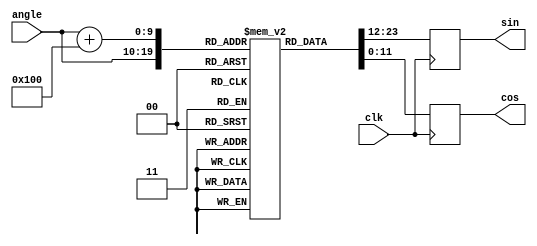
// Lookup table for generating sin and cos values
module sincos(
	input clk,
	input [9:0]angle,
	output reg signed [11:0]sin,
	output reg signed [11:0]cos
);

reg signed [11:0]lookup[0:1023];

always @(posedge clk) begin
	sin <= lookup[angle];
	cos <= lookup[angle+10'd256];
end

initial begin
	lookup[0] = 12'sd0;
	lookup[1] = 12'sd12;
	lookup[2] = 12'sd25;
	lookup[3] = 12'sd37;
	lookup[4] = 12'sd50;
	lookup[5] = 12'sd62;
	lookup[6] = 12'sd75;
	lookup[7] = 12'sd87;
	lookup[8] = 12'sd100;
	lookup[9] = 12'sd113;
	lookup[10] = 12'sd125;
	lookup[11] = 12'sd138;
	lookup[12] = 12'sd150;
	lookup[13] = 12'sd163;
	lookup[14] = 12'sd175;
	lookup[15] = 12'sd188;
	lookup[16] = 12'sd200;
	lookup[17] = 12'sd213;
	lookup[18] = 12'sd225;
	lookup[19] = 12'sd238;
	lookup[20] = 12'sd250;
	lookup[21] = 12'sd263;
	lookup[22] = 12'sd275;
	lookup[23] = 12'sd288;
	lookup[24] = 12'sd300;
	lookup[25] = 12'sd312;
	lookup[26] = 12'sd325;
	lookup[27] = 12'sd337;
	lookup[28] = 12'sd350;
	lookup[29] = 12'sd362;
	lookup[30] = 12'sd374;
	lookup[31] = 12'sd387;
	lookup[32] = 12'sd399;
	lookup[33] = 12'sd411;
	lookup[34] = 12'sd424;
	lookup[35] = 12'sd436;
	lookup[36] = 12'sd448;
	lookup[37] = 12'sd460;
	lookup[38] = 12'sd473;
	lookup[39] = 12'sd485;
	lookup[40] = 12'sd497;
	lookup[41] = 12'sd509;
	lookup[42] = 12'sd521;
	lookup[43] = 12'sd534;
	lookup[44] = 12'sd546;
	lookup[45] = 12'sd558;
	lookup[46] = 12'sd570;
	lookup[47] = 12'sd582;
	lookup[48] = 12'sd594;
	lookup[49] = 12'sd606;
	lookup[50] = 12'sd618;
	lookup[51] = 12'sd630;
	lookup[52] = 12'sd642;
	lookup[53] = 12'sd654;
	lookup[54] = 12'sd666;
	lookup[55] = 12'sd678;
	lookup[56] = 12'sd689;
	lookup[57] = 12'sd701;
	lookup[58] = 12'sd713;
	lookup[59] = 12'sd725;
	lookup[60] = 12'sd737;
	lookup[61] = 12'sd748;
	lookup[62] = 12'sd760;
	lookup[63] = 12'sd772;
	lookup[64] = 12'sd783;
	lookup[65] = 12'sd795;
	lookup[66] = 12'sd806;
	lookup[67] = 12'sd818;
	lookup[68] = 12'sd829;
	lookup[69] = 12'sd841;
	lookup[70] = 12'sd852;
	lookup[71] = 12'sd864;
	lookup[72] = 12'sd875;
	lookup[73] = 12'sd886;
	lookup[74] = 12'sd898;
	lookup[75] = 12'sd909;
	lookup[76] = 12'sd920;
	lookup[77] = 12'sd932;
	lookup[78] = 12'sd943;
	lookup[79] = 12'sd954;
	lookup[80] = 12'sd965;
	lookup[81] = 12'sd976;
	lookup[82] = 12'sd987;
	lookup[83] = 12'sd998;
	lookup[84] = 12'sd1009;
	lookup[85] = 12'sd1020;
	lookup[86] = 12'sd1031;
	lookup[87] = 12'sd1042;
	lookup[88] = 12'sd1052;
	lookup[89] = 12'sd1063;
	lookup[90] = 12'sd1074;
	lookup[91] = 12'sd1085;
	lookup[92] = 12'sd1095;
	lookup[93] = 12'sd1106;
	lookup[94] = 12'sd1116;
	lookup[95] = 12'sd1127;
	lookup[96] = 12'sd1137;
	lookup[97] = 12'sd1148;
	lookup[98] = 12'sd1158;
	lookup[99] = 12'sd1168;
	lookup[100] = 12'sd1179;
	lookup[101] = 12'sd1189;
	lookup[102] = 12'sd1199;
	lookup[103] = 12'sd1209;
	lookup[104] = 12'sd1219;
	lookup[105] = 12'sd1230;
	lookup[106] = 12'sd1240;
	lookup[107] = 12'sd1250;
	lookup[108] = 12'sd1259;
	lookup[109] = 12'sd1269;
	lookup[110] = 12'sd1279;
	lookup[111] = 12'sd1289;
	lookup[112] = 12'sd1299;
	lookup[113] = 12'sd1308;
	lookup[114] = 12'sd1318;
	lookup[115] = 12'sd1328;
	lookup[116] = 12'sd1337;
	lookup[117] = 12'sd1347;
	lookup[118] = 12'sd1356;
	lookup[119] = 12'sd1366;
	lookup[120] = 12'sd1375;
	lookup[121] = 12'sd1384;
	lookup[122] = 12'sd1393;
	lookup[123] = 12'sd1403;
	lookup[124] = 12'sd1412;
	lookup[125] = 12'sd1421;
	lookup[126] = 12'sd1430;
	lookup[127] = 12'sd1439;
	lookup[128] = 12'sd1448;
	lookup[129] = 12'sd1457;
	lookup[130] = 12'sd1465;
	lookup[131] = 12'sd1474;
	lookup[132] = 12'sd1483;
	lookup[133] = 12'sd1491;
	lookup[134] = 12'sd1500;
	lookup[135] = 12'sd1509;
	lookup[136] = 12'sd1517;
	lookup[137] = 12'sd1525;
	lookup[138] = 12'sd1534;
	lookup[139] = 12'sd1542;
	lookup[140] = 12'sd1550;
	lookup[141] = 12'sd1558;
	lookup[142] = 12'sd1567;
	lookup[143] = 12'sd1575;
	lookup[144] = 12'sd1583;
	lookup[145] = 12'sd1591;
	lookup[146] = 12'sd1598;
	lookup[147] = 12'sd1606;
	lookup[148] = 12'sd1614;
	lookup[149] = 12'sd1622;
	lookup[150] = 12'sd1629;
	lookup[151] = 12'sd1637;
	lookup[152] = 12'sd1644;
	lookup[153] = 12'sd1652;
	lookup[154] = 12'sd1659;
	lookup[155] = 12'sd1667;
	lookup[156] = 12'sd1674;
	lookup[157] = 12'sd1681;
	lookup[158] = 12'sd1688;
	lookup[159] = 12'sd1695;
	lookup[160] = 12'sd1702;
	lookup[161] = 12'sd1709;
	lookup[162] = 12'sd1716;
	lookup[163] = 12'sd1723;
	lookup[164] = 12'sd1730;
	lookup[165] = 12'sd1736;
	lookup[166] = 12'sd1743;
	lookup[167] = 12'sd1750;
	lookup[168] = 12'sd1756;
	lookup[169] = 12'sd1763;
	lookup[170] = 12'sd1769;
	lookup[171] = 12'sd1775;
	lookup[172] = 12'sd1781;
	lookup[173] = 12'sd1788;
	lookup[174] = 12'sd1794;
	lookup[175] = 12'sd1800;
	lookup[176] = 12'sd1806;
	lookup[177] = 12'sd1812;
	lookup[178] = 12'sd1817;
	lookup[179] = 12'sd1823;
	lookup[180] = 12'sd1829;
	lookup[181] = 12'sd1834;
	lookup[182] = 12'sd1840;
	lookup[183] = 12'sd1845;
	lookup[184] = 12'sd1851;
	lookup[185] = 12'sd1856;
	lookup[186] = 12'sd1861;
	lookup[187] = 12'sd1867;
	lookup[188] = 12'sd1872;
	lookup[189] = 12'sd1877;
	lookup[190] = 12'sd1882;
	lookup[191] = 12'sd1887;
	lookup[192] = 12'sd1892;
	lookup[193] = 12'sd1896;
	lookup[194] = 12'sd1901;
	lookup[195] = 12'sd1906;
	lookup[196] = 12'sd1910;
	lookup[197] = 12'sd1915;
	lookup[198] = 12'sd1919;
	lookup[199] = 12'sd1924;
	lookup[200] = 12'sd1928;
	lookup[201] = 12'sd1932;
	lookup[202] = 12'sd1936;
	lookup[203] = 12'sd1940;
	lookup[204] = 12'sd1944;
	lookup[205] = 12'sd1948;
	lookup[206] = 12'sd1952;
	lookup[207] = 12'sd1956;
	lookup[208] = 12'sd1959;
	lookup[209] = 12'sd1963;
	lookup[210] = 12'sd1966;
	lookup[211] = 12'sd1970;
	lookup[212] = 12'sd1973;
	lookup[213] = 12'sd1977;
	lookup[214] = 12'sd1980;
	lookup[215] = 12'sd1983;
	lookup[216] = 12'sd1986;
	lookup[217] = 12'sd1989;
	lookup[218] = 12'sd1992;
	lookup[219] = 12'sd1995;
	lookup[220] = 12'sd1998;
	lookup[221] = 12'sd2000;
	lookup[222] = 12'sd2003;
	lookup[223] = 12'sd2006;
	lookup[224] = 12'sd2008;
	lookup[225] = 12'sd2011;
	lookup[226] = 12'sd2013;
	lookup[227] = 12'sd2015;
	lookup[228] = 12'sd2017;
	lookup[229] = 12'sd2019;
	lookup[230] = 12'sd2021;
	lookup[231] = 12'sd2023;
	lookup[232] = 12'sd2025;
	lookup[233] = 12'sd2027;
	lookup[234] = 12'sd2029;
	lookup[235] = 12'sd2031;
	lookup[236] = 12'sd2032;
	lookup[237] = 12'sd2034;
	lookup[238] = 12'sd2035;
	lookup[239] = 12'sd2036;
	lookup[240] = 12'sd2038;
	lookup[241] = 12'sd2039;
	lookup[242] = 12'sd2040;
	lookup[243] = 12'sd2041;
	lookup[244] = 12'sd2042;
	lookup[245] = 12'sd2043;
	lookup[246] = 12'sd2044;
	lookup[247] = 12'sd2044;
	lookup[248] = 12'sd2045;
	lookup[249] = 12'sd2046;
	lookup[250] = 12'sd2046;
	lookup[251] = 12'sd2047;
	lookup[252] = 12'sd2047;
	lookup[253] = 12'sd2047;
	lookup[254] = 12'sd2047;
	lookup[255] = 12'sd2047;
	lookup[256] = 12'sd2047;
	lookup[257] = 12'sd2047;
	lookup[258] = 12'sd2047;
	lookup[259] = 12'sd2047;
	lookup[260] = 12'sd2047;
	lookup[261] = 12'sd2047;
	lookup[262] = 12'sd2046;
	lookup[263] = 12'sd2046;
	lookup[264] = 12'sd2045;
	lookup[265] = 12'sd2044;
	lookup[266] = 12'sd2044;
	lookup[267] = 12'sd2043;
	lookup[268] = 12'sd2042;
	lookup[269] = 12'sd2041;
	lookup[270] = 12'sd2040;
	lookup[271] = 12'sd2039;
	lookup[272] = 12'sd2038;
	lookup[273] = 12'sd2036;
	lookup[274] = 12'sd2035;
	lookup[275] = 12'sd2034;
	lookup[276] = 12'sd2032;
	lookup[277] = 12'sd2031;
	lookup[278] = 12'sd2029;
	lookup[279] = 12'sd2027;
	lookup[280] = 12'sd2025;
	lookup[281] = 12'sd2023;
	lookup[282] = 12'sd2021;
	lookup[283] = 12'sd2019;
	lookup[284] = 12'sd2017;
	lookup[285] = 12'sd2015;
	lookup[286] = 12'sd2013;
	lookup[287] = 12'sd2011;
	lookup[288] = 12'sd2008;
	lookup[289] = 12'sd2006;
	lookup[290] = 12'sd2003;
	lookup[291] = 12'sd2000;
	lookup[292] = 12'sd1998;
	lookup[293] = 12'sd1995;
	lookup[294] = 12'sd1992;
	lookup[295] = 12'sd1989;
	lookup[296] = 12'sd1986;
	lookup[297] = 12'sd1983;
	lookup[298] = 12'sd1980;
	lookup[299] = 12'sd1977;
	lookup[300] = 12'sd1973;
	lookup[301] = 12'sd1970;
	lookup[302] = 12'sd1966;
	lookup[303] = 12'sd1963;
	lookup[304] = 12'sd1959;
	lookup[305] = 12'sd1956;
	lookup[306] = 12'sd1952;
	lookup[307] = 12'sd1948;
	lookup[308] = 12'sd1944;
	lookup[309] = 12'sd1940;
	lookup[310] = 12'sd1936;
	lookup[311] = 12'sd1932;
	lookup[312] = 12'sd1928;
	lookup[313] = 12'sd1924;
	lookup[314] = 12'sd1919;
	lookup[315] = 12'sd1915;
	lookup[316] = 12'sd1910;
	lookup[317] = 12'sd1906;
	lookup[318] = 12'sd1901;
	lookup[319] = 12'sd1896;
	lookup[320] = 12'sd1892;
	lookup[321] = 12'sd1887;
	lookup[322] = 12'sd1882;
	lookup[323] = 12'sd1877;
	lookup[324] = 12'sd1872;
	lookup[325] = 12'sd1867;
	lookup[326] = 12'sd1861;
	lookup[327] = 12'sd1856;
	lookup[328] = 12'sd1851;
	lookup[329] = 12'sd1845;
	lookup[330] = 12'sd1840;
	lookup[331] = 12'sd1834;
	lookup[332] = 12'sd1829;
	lookup[333] = 12'sd1823;
	lookup[334] = 12'sd1817;
	lookup[335] = 12'sd1812;
	lookup[336] = 12'sd1806;
	lookup[337] = 12'sd1800;
	lookup[338] = 12'sd1794;
	lookup[339] = 12'sd1788;
	lookup[340] = 12'sd1781;
	lookup[341] = 12'sd1775;
	lookup[342] = 12'sd1769;
	lookup[343] = 12'sd1763;
	lookup[344] = 12'sd1756;
	lookup[345] = 12'sd1750;
	lookup[346] = 12'sd1743;
	lookup[347] = 12'sd1736;
	lookup[348] = 12'sd1730;
	lookup[349] = 12'sd1723;
	lookup[350] = 12'sd1716;
	lookup[351] = 12'sd1709;
	lookup[352] = 12'sd1702;
	lookup[353] = 12'sd1695;
	lookup[354] = 12'sd1688;
	lookup[355] = 12'sd1681;
	lookup[356] = 12'sd1674;
	lookup[357] = 12'sd1667;
	lookup[358] = 12'sd1659;
	lookup[359] = 12'sd1652;
	lookup[360] = 12'sd1644;
	lookup[361] = 12'sd1637;
	lookup[362] = 12'sd1629;
	lookup[363] = 12'sd1622;
	lookup[364] = 12'sd1614;
	lookup[365] = 12'sd1606;
	lookup[366] = 12'sd1598;
	lookup[367] = 12'sd1591;
	lookup[368] = 12'sd1583;
	lookup[369] = 12'sd1575;
	lookup[370] = 12'sd1567;
	lookup[371] = 12'sd1558;
	lookup[372] = 12'sd1550;
	lookup[373] = 12'sd1542;
	lookup[374] = 12'sd1534;
	lookup[375] = 12'sd1525;
	lookup[376] = 12'sd1517;
	lookup[377] = 12'sd1509;
	lookup[378] = 12'sd1500;
	lookup[379] = 12'sd1491;
	lookup[380] = 12'sd1483;
	lookup[381] = 12'sd1474;
	lookup[382] = 12'sd1465;
	lookup[383] = 12'sd1457;
	lookup[384] = 12'sd1448;
	lookup[385] = 12'sd1439;
	lookup[386] = 12'sd1430;
	lookup[387] = 12'sd1421;
	lookup[388] = 12'sd1412;
	lookup[389] = 12'sd1403;
	lookup[390] = 12'sd1393;
	lookup[391] = 12'sd1384;
	lookup[392] = 12'sd1375;
	lookup[393] = 12'sd1366;
	lookup[394] = 12'sd1356;
	lookup[395] = 12'sd1347;
	lookup[396] = 12'sd1337;
	lookup[397] = 12'sd1328;
	lookup[398] = 12'sd1318;
	lookup[399] = 12'sd1308;
	lookup[400] = 12'sd1299;
	lookup[401] = 12'sd1289;
	lookup[402] = 12'sd1279;
	lookup[403] = 12'sd1269;
	lookup[404] = 12'sd1259;
	lookup[405] = 12'sd1250;
	lookup[406] = 12'sd1240;
	lookup[407] = 12'sd1230;
	lookup[408] = 12'sd1219;
	lookup[409] = 12'sd1209;
	lookup[410] = 12'sd1199;
	lookup[411] = 12'sd1189;
	lookup[412] = 12'sd1179;
	lookup[413] = 12'sd1168;
	lookup[414] = 12'sd1158;
	lookup[415] = 12'sd1148;
	lookup[416] = 12'sd1137;
	lookup[417] = 12'sd1127;
	lookup[418] = 12'sd1116;
	lookup[419] = 12'sd1106;
	lookup[420] = 12'sd1095;
	lookup[421] = 12'sd1085;
	lookup[422] = 12'sd1074;
	lookup[423] = 12'sd1063;
	lookup[424] = 12'sd1052;
	lookup[425] = 12'sd1042;
	lookup[426] = 12'sd1031;
	lookup[427] = 12'sd1020;
	lookup[428] = 12'sd1009;
	lookup[429] = 12'sd998;
	lookup[430] = 12'sd987;
	lookup[431] = 12'sd976;
	lookup[432] = 12'sd965;
	lookup[433] = 12'sd954;
	lookup[434] = 12'sd943;
	lookup[435] = 12'sd932;
	lookup[436] = 12'sd920;
	lookup[437] = 12'sd909;
	lookup[438] = 12'sd898;
	lookup[439] = 12'sd886;
	lookup[440] = 12'sd875;
	lookup[441] = 12'sd864;
	lookup[442] = 12'sd852;
	lookup[443] = 12'sd841;
	lookup[444] = 12'sd829;
	lookup[445] = 12'sd818;
	lookup[446] = 12'sd806;
	lookup[447] = 12'sd795;
	lookup[448] = 12'sd783;
	lookup[449] = 12'sd772;
	lookup[450] = 12'sd760;
	lookup[451] = 12'sd748;
	lookup[452] = 12'sd737;
	lookup[453] = 12'sd725;
	lookup[454] = 12'sd713;
	lookup[455] = 12'sd701;
	lookup[456] = 12'sd689;
	lookup[457] = 12'sd678;
	lookup[458] = 12'sd666;
	lookup[459] = 12'sd654;
	lookup[460] = 12'sd642;
	lookup[461] = 12'sd630;
	lookup[462] = 12'sd618;
	lookup[463] = 12'sd606;
	lookup[464] = 12'sd594;
	lookup[465] = 12'sd582;
	lookup[466] = 12'sd570;
	lookup[467] = 12'sd558;
	lookup[468] = 12'sd546;
	lookup[469] = 12'sd534;
	lookup[470] = 12'sd521;
	lookup[471] = 12'sd509;
	lookup[472] = 12'sd497;
	lookup[473] = 12'sd485;
	lookup[474] = 12'sd473;
	lookup[475] = 12'sd460;
	lookup[476] = 12'sd448;
	lookup[477] = 12'sd436;
	lookup[478] = 12'sd424;
	lookup[479] = 12'sd411;
	lookup[480] = 12'sd399;
	lookup[481] = 12'sd387;
	lookup[482] = 12'sd374;
	lookup[483] = 12'sd362;
	lookup[484] = 12'sd350;
	lookup[485] = 12'sd337;
	lookup[486] = 12'sd325;
	lookup[487] = 12'sd312;
	lookup[488] = 12'sd300;
	lookup[489] = 12'sd288;
	lookup[490] = 12'sd275;
	lookup[491] = 12'sd263;
	lookup[492] = 12'sd250;
	lookup[493] = 12'sd238;
	lookup[494] = 12'sd225;
	lookup[495] = 12'sd213;
	lookup[496] = 12'sd200;
	lookup[497] = 12'sd188;
	lookup[498] = 12'sd175;
	lookup[499] = 12'sd163;
	lookup[500] = 12'sd150;
	lookup[501] = 12'sd138;
	lookup[502] = 12'sd125;
	lookup[503] = 12'sd113;
	lookup[504] = 12'sd100;
	lookup[505] = 12'sd87;
	lookup[506] = 12'sd75;
	lookup[507] = 12'sd62;
	lookup[508] = 12'sd50;
	lookup[509] = 12'sd37;
	lookup[510] = 12'sd25;
	lookup[511] = 12'sd12;
	lookup[512] = 12'sd0;
	lookup[513] = -12'sd12;
	lookup[514] = -12'sd25;
	lookup[515] = -12'sd37;
	lookup[516] = -12'sd50;
	lookup[517] = -12'sd62;
	lookup[518] = -12'sd75;
	lookup[519] = -12'sd87;
	lookup[520] = -12'sd100;
	lookup[521] = -12'sd113;
	lookup[522] = -12'sd125;
	lookup[523] = -12'sd138;
	lookup[524] = -12'sd150;
	lookup[525] = -12'sd163;
	lookup[526] = -12'sd175;
	lookup[527] = -12'sd188;
	lookup[528] = -12'sd200;
	lookup[529] = -12'sd213;
	lookup[530] = -12'sd225;
	lookup[531] = -12'sd238;
	lookup[532] = -12'sd250;
	lookup[533] = -12'sd263;
	lookup[534] = -12'sd275;
	lookup[535] = -12'sd288;
	lookup[536] = -12'sd300;
	lookup[537] = -12'sd312;
	lookup[538] = -12'sd325;
	lookup[539] = -12'sd337;
	lookup[540] = -12'sd350;
	lookup[541] = -12'sd362;
	lookup[542] = -12'sd374;
	lookup[543] = -12'sd387;
	lookup[544] = -12'sd399;
	lookup[545] = -12'sd411;
	lookup[546] = -12'sd424;
	lookup[547] = -12'sd436;
	lookup[548] = -12'sd448;
	lookup[549] = -12'sd460;
	lookup[550] = -12'sd473;
	lookup[551] = -12'sd485;
	lookup[552] = -12'sd497;
	lookup[553] = -12'sd509;
	lookup[554] = -12'sd521;
	lookup[555] = -12'sd534;
	lookup[556] = -12'sd546;
	lookup[557] = -12'sd558;
	lookup[558] = -12'sd570;
	lookup[559] = -12'sd582;
	lookup[560] = -12'sd594;
	lookup[561] = -12'sd606;
	lookup[562] = -12'sd618;
	lookup[563] = -12'sd630;
	lookup[564] = -12'sd642;
	lookup[565] = -12'sd654;
	lookup[566] = -12'sd666;
	lookup[567] = -12'sd678;
	lookup[568] = -12'sd689;
	lookup[569] = -12'sd701;
	lookup[570] = -12'sd713;
	lookup[571] = -12'sd725;
	lookup[572] = -12'sd737;
	lookup[573] = -12'sd748;
	lookup[574] = -12'sd760;
	lookup[575] = -12'sd772;
	lookup[576] = -12'sd783;
	lookup[577] = -12'sd795;
	lookup[578] = -12'sd806;
	lookup[579] = -12'sd818;
	lookup[580] = -12'sd829;
	lookup[581] = -12'sd841;
	lookup[582] = -12'sd852;
	lookup[583] = -12'sd864;
	lookup[584] = -12'sd875;
	lookup[585] = -12'sd886;
	lookup[586] = -12'sd898;
	lookup[587] = -12'sd909;
	lookup[588] = -12'sd920;
	lookup[589] = -12'sd932;
	lookup[590] = -12'sd943;
	lookup[591] = -12'sd954;
	lookup[592] = -12'sd965;
	lookup[593] = -12'sd976;
	lookup[594] = -12'sd987;
	lookup[595] = -12'sd998;
	lookup[596] = -12'sd1009;
	lookup[597] = -12'sd1020;
	lookup[598] = -12'sd1031;
	lookup[599] = -12'sd1042;
	lookup[600] = -12'sd1052;
	lookup[601] = -12'sd1063;
	lookup[602] = -12'sd1074;
	lookup[603] = -12'sd1085;
	lookup[604] = -12'sd1095;
	lookup[605] = -12'sd1106;
	lookup[606] = -12'sd1116;
	lookup[607] = -12'sd1127;
	lookup[608] = -12'sd1137;
	lookup[609] = -12'sd1148;
	lookup[610] = -12'sd1158;
	lookup[611] = -12'sd1168;
	lookup[612] = -12'sd1179;
	lookup[613] = -12'sd1189;
	lookup[614] = -12'sd1199;
	lookup[615] = -12'sd1209;
	lookup[616] = -12'sd1219;
	lookup[617] = -12'sd1230;
	lookup[618] = -12'sd1240;
	lookup[619] = -12'sd1250;
	lookup[620] = -12'sd1259;
	lookup[621] = -12'sd1269;
	lookup[622] = -12'sd1279;
	lookup[623] = -12'sd1289;
	lookup[624] = -12'sd1299;
	lookup[625] = -12'sd1308;
	lookup[626] = -12'sd1318;
	lookup[627] = -12'sd1328;
	lookup[628] = -12'sd1337;
	lookup[629] = -12'sd1347;
	lookup[630] = -12'sd1356;
	lookup[631] = -12'sd1366;
	lookup[632] = -12'sd1375;
	lookup[633] = -12'sd1384;
	lookup[634] = -12'sd1393;
	lookup[635] = -12'sd1403;
	lookup[636] = -12'sd1412;
	lookup[637] = -12'sd1421;
	lookup[638] = -12'sd1430;
	lookup[639] = -12'sd1439;
	lookup[640] = -12'sd1448;
	lookup[641] = -12'sd1457;
	lookup[642] = -12'sd1465;
	lookup[643] = -12'sd1474;
	lookup[644] = -12'sd1483;
	lookup[645] = -12'sd1491;
	lookup[646] = -12'sd1500;
	lookup[647] = -12'sd1509;
	lookup[648] = -12'sd1517;
	lookup[649] = -12'sd1525;
	lookup[650] = -12'sd1534;
	lookup[651] = -12'sd1542;
	lookup[652] = -12'sd1550;
	lookup[653] = -12'sd1558;
	lookup[654] = -12'sd1567;
	lookup[655] = -12'sd1575;
	lookup[656] = -12'sd1583;
	lookup[657] = -12'sd1591;
	lookup[658] = -12'sd1598;
	lookup[659] = -12'sd1606;
	lookup[660] = -12'sd1614;
	lookup[661] = -12'sd1622;
	lookup[662] = -12'sd1629;
	lookup[663] = -12'sd1637;
	lookup[664] = -12'sd1644;
	lookup[665] = -12'sd1652;
	lookup[666] = -12'sd1659;
	lookup[667] = -12'sd1667;
	lookup[668] = -12'sd1674;
	lookup[669] = -12'sd1681;
	lookup[670] = -12'sd1688;
	lookup[671] = -12'sd1695;
	lookup[672] = -12'sd1702;
	lookup[673] = -12'sd1709;
	lookup[674] = -12'sd1716;
	lookup[675] = -12'sd1723;
	lookup[676] = -12'sd1730;
	lookup[677] = -12'sd1736;
	lookup[678] = -12'sd1743;
	lookup[679] = -12'sd1750;
	lookup[680] = -12'sd1756;
	lookup[681] = -12'sd1763;
	lookup[682] = -12'sd1769;
	lookup[683] = -12'sd1775;
	lookup[684] = -12'sd1781;
	lookup[685] = -12'sd1788;
	lookup[686] = -12'sd1794;
	lookup[687] = -12'sd1800;
	lookup[688] = -12'sd1806;
	lookup[689] = -12'sd1812;
	lookup[690] = -12'sd1817;
	lookup[691] = -12'sd1823;
	lookup[692] = -12'sd1829;
	lookup[693] = -12'sd1834;
	lookup[694] = -12'sd1840;
	lookup[695] = -12'sd1845;
	lookup[696] = -12'sd1851;
	lookup[697] = -12'sd1856;
	lookup[698] = -12'sd1861;
	lookup[699] = -12'sd1867;
	lookup[700] = -12'sd1872;
	lookup[701] = -12'sd1877;
	lookup[702] = -12'sd1882;
	lookup[703] = -12'sd1887;
	lookup[704] = -12'sd1892;
	lookup[705] = -12'sd1896;
	lookup[706] = -12'sd1901;
	lookup[707] = -12'sd1906;
	lookup[708] = -12'sd1910;
	lookup[709] = -12'sd1915;
	lookup[710] = -12'sd1919;
	lookup[711] = -12'sd1924;
	lookup[712] = -12'sd1928;
	lookup[713] = -12'sd1932;
	lookup[714] = -12'sd1936;
	lookup[715] = -12'sd1940;
	lookup[716] = -12'sd1944;
	lookup[717] = -12'sd1948;
	lookup[718] = -12'sd1952;
	lookup[719] = -12'sd1956;
	lookup[720] = -12'sd1959;
	lookup[721] = -12'sd1963;
	lookup[722] = -12'sd1966;
	lookup[723] = -12'sd1970;
	lookup[724] = -12'sd1973;
	lookup[725] = -12'sd1977;
	lookup[726] = -12'sd1980;
	lookup[727] = -12'sd1983;
	lookup[728] = -12'sd1986;
	lookup[729] = -12'sd1989;
	lookup[730] = -12'sd1992;
	lookup[731] = -12'sd1995;
	lookup[732] = -12'sd1998;
	lookup[733] = -12'sd2000;
	lookup[734] = -12'sd2003;
	lookup[735] = -12'sd2006;
	lookup[736] = -12'sd2008;
	lookup[737] = -12'sd2011;
	lookup[738] = -12'sd2013;
	lookup[739] = -12'sd2015;
	lookup[740] = -12'sd2017;
	lookup[741] = -12'sd2019;
	lookup[742] = -12'sd2021;
	lookup[743] = -12'sd2023;
	lookup[744] = -12'sd2025;
	lookup[745] = -12'sd2027;
	lookup[746] = -12'sd2029;
	lookup[747] = -12'sd2031;
	lookup[748] = -12'sd2032;
	lookup[749] = -12'sd2034;
	lookup[750] = -12'sd2035;
	lookup[751] = -12'sd2036;
	lookup[752] = -12'sd2038;
	lookup[753] = -12'sd2039;
	lookup[754] = -12'sd2040;
	lookup[755] = -12'sd2041;
	lookup[756] = -12'sd2042;
	lookup[757] = -12'sd2043;
	lookup[758] = -12'sd2044;
	lookup[759] = -12'sd2044;
	lookup[760] = -12'sd2045;
	lookup[761] = -12'sd2046;
	lookup[762] = -12'sd2046;
	lookup[763] = -12'sd2047;
	lookup[764] = -12'sd2047;
	lookup[765] = -12'sd2047;
	lookup[766] = -12'sd2047;
	lookup[767] = -12'sd2047;
	lookup[768] = -12'sd2047;
	lookup[769] = -12'sd2047;
	lookup[770] = -12'sd2047;
	lookup[771] = -12'sd2047;
	lookup[772] = -12'sd2047;
	lookup[773] = -12'sd2047;
	lookup[774] = -12'sd2046;
	lookup[775] = -12'sd2046;
	lookup[776] = -12'sd2045;
	lookup[777] = -12'sd2044;
	lookup[778] = -12'sd2044;
	lookup[779] = -12'sd2043;
	lookup[780] = -12'sd2042;
	lookup[781] = -12'sd2041;
	lookup[782] = -12'sd2040;
	lookup[783] = -12'sd2039;
	lookup[784] = -12'sd2038;
	lookup[785] = -12'sd2036;
	lookup[786] = -12'sd2035;
	lookup[787] = -12'sd2034;
	lookup[788] = -12'sd2032;
	lookup[789] = -12'sd2031;
	lookup[790] = -12'sd2029;
	lookup[791] = -12'sd2027;
	lookup[792] = -12'sd2025;
	lookup[793] = -12'sd2023;
	lookup[794] = -12'sd2021;
	lookup[795] = -12'sd2019;
	lookup[796] = -12'sd2017;
	lookup[797] = -12'sd2015;
	lookup[798] = -12'sd2013;
	lookup[799] = -12'sd2011;
	lookup[800] = -12'sd2008;
	lookup[801] = -12'sd2006;
	lookup[802] = -12'sd2003;
	lookup[803] = -12'sd2000;
	lookup[804] = -12'sd1998;
	lookup[805] = -12'sd1995;
	lookup[806] = -12'sd1992;
	lookup[807] = -12'sd1989;
	lookup[808] = -12'sd1986;
	lookup[809] = -12'sd1983;
	lookup[810] = -12'sd1980;
	lookup[811] = -12'sd1977;
	lookup[812] = -12'sd1973;
	lookup[813] = -12'sd1970;
	lookup[814] = -12'sd1966;
	lookup[815] = -12'sd1963;
	lookup[816] = -12'sd1959;
	lookup[817] = -12'sd1956;
	lookup[818] = -12'sd1952;
	lookup[819] = -12'sd1948;
	lookup[820] = -12'sd1944;
	lookup[821] = -12'sd1940;
	lookup[822] = -12'sd1936;
	lookup[823] = -12'sd1932;
	lookup[824] = -12'sd1928;
	lookup[825] = -12'sd1924;
	lookup[826] = -12'sd1919;
	lookup[827] = -12'sd1915;
	lookup[828] = -12'sd1910;
	lookup[829] = -12'sd1906;
	lookup[830] = -12'sd1901;
	lookup[831] = -12'sd1896;
	lookup[832] = -12'sd1892;
	lookup[833] = -12'sd1887;
	lookup[834] = -12'sd1882;
	lookup[835] = -12'sd1877;
	lookup[836] = -12'sd1872;
	lookup[837] = -12'sd1867;
	lookup[838] = -12'sd1861;
	lookup[839] = -12'sd1856;
	lookup[840] = -12'sd1851;
	lookup[841] = -12'sd1845;
	lookup[842] = -12'sd1840;
	lookup[843] = -12'sd1834;
	lookup[844] = -12'sd1829;
	lookup[845] = -12'sd1823;
	lookup[846] = -12'sd1817;
	lookup[847] = -12'sd1812;
	lookup[848] = -12'sd1806;
	lookup[849] = -12'sd1800;
	lookup[850] = -12'sd1794;
	lookup[851] = -12'sd1788;
	lookup[852] = -12'sd1781;
	lookup[853] = -12'sd1775;
	lookup[854] = -12'sd1769;
	lookup[855] = -12'sd1763;
	lookup[856] = -12'sd1756;
	lookup[857] = -12'sd1750;
	lookup[858] = -12'sd1743;
	lookup[859] = -12'sd1736;
	lookup[860] = -12'sd1730;
	lookup[861] = -12'sd1723;
	lookup[862] = -12'sd1716;
	lookup[863] = -12'sd1709;
	lookup[864] = -12'sd1702;
	lookup[865] = -12'sd1695;
	lookup[866] = -12'sd1688;
	lookup[867] = -12'sd1681;
	lookup[868] = -12'sd1674;
	lookup[869] = -12'sd1667;
	lookup[870] = -12'sd1659;
	lookup[871] = -12'sd1652;
	lookup[872] = -12'sd1644;
	lookup[873] = -12'sd1637;
	lookup[874] = -12'sd1629;
	lookup[875] = -12'sd1622;
	lookup[876] = -12'sd1614;
	lookup[877] = -12'sd1606;
	lookup[878] = -12'sd1598;
	lookup[879] = -12'sd1591;
	lookup[880] = -12'sd1583;
	lookup[881] = -12'sd1575;
	lookup[882] = -12'sd1567;
	lookup[883] = -12'sd1558;
	lookup[884] = -12'sd1550;
	lookup[885] = -12'sd1542;
	lookup[886] = -12'sd1534;
	lookup[887] = -12'sd1525;
	lookup[888] = -12'sd1517;
	lookup[889] = -12'sd1509;
	lookup[890] = -12'sd1500;
	lookup[891] = -12'sd1491;
	lookup[892] = -12'sd1483;
	lookup[893] = -12'sd1474;
	lookup[894] = -12'sd1465;
	lookup[895] = -12'sd1457;
	lookup[896] = -12'sd1448;
	lookup[897] = -12'sd1439;
	lookup[898] = -12'sd1430;
	lookup[899] = -12'sd1421;
	lookup[900] = -12'sd1412;
	lookup[901] = -12'sd1403;
	lookup[902] = -12'sd1393;
	lookup[903] = -12'sd1384;
	lookup[904] = -12'sd1375;
	lookup[905] = -12'sd1366;
	lookup[906] = -12'sd1356;
	lookup[907] = -12'sd1347;
	lookup[908] = -12'sd1337;
	lookup[909] = -12'sd1328;
	lookup[910] = -12'sd1318;
	lookup[911] = -12'sd1308;
	lookup[912] = -12'sd1299;
	lookup[913] = -12'sd1289;
	lookup[914] = -12'sd1279;
	lookup[915] = -12'sd1269;
	lookup[916] = -12'sd1259;
	lookup[917] = -12'sd1250;
	lookup[918] = -12'sd1240;
	lookup[919] = -12'sd1230;
	lookup[920] = -12'sd1219;
	lookup[921] = -12'sd1209;
	lookup[922] = -12'sd1199;
	lookup[923] = -12'sd1189;
	lookup[924] = -12'sd1179;
	lookup[925] = -12'sd1168;
	lookup[926] = -12'sd1158;
	lookup[927] = -12'sd1148;
	lookup[928] = -12'sd1137;
	lookup[929] = -12'sd1127;
	lookup[930] = -12'sd1116;
	lookup[931] = -12'sd1106;
	lookup[932] = -12'sd1095;
	lookup[933] = -12'sd1085;
	lookup[934] = -12'sd1074;
	lookup[935] = -12'sd1063;
	lookup[936] = -12'sd1052;
	lookup[937] = -12'sd1042;
	lookup[938] = -12'sd1031;
	lookup[939] = -12'sd1020;
	lookup[940] = -12'sd1009;
	lookup[941] = -12'sd998;
	lookup[942] = -12'sd987;
	lookup[943] = -12'sd976;
	lookup[944] = -12'sd965;
	lookup[945] = -12'sd954;
	lookup[946] = -12'sd943;
	lookup[947] = -12'sd932;
	lookup[948] = -12'sd920;
	lookup[949] = -12'sd909;
	lookup[950] = -12'sd898;
	lookup[951] = -12'sd886;
	lookup[952] = -12'sd875;
	lookup[953] = -12'sd864;
	lookup[954] = -12'sd852;
	lookup[955] = -12'sd841;
	lookup[956] = -12'sd829;
	lookup[957] = -12'sd818;
	lookup[958] = -12'sd806;
	lookup[959] = -12'sd795;
	lookup[960] = -12'sd783;
	lookup[961] = -12'sd772;
	lookup[962] = -12'sd760;
	lookup[963] = -12'sd748;
	lookup[964] = -12'sd737;
	lookup[965] = -12'sd725;
	lookup[966] = -12'sd713;
	lookup[967] = -12'sd701;
	lookup[968] = -12'sd689;
	lookup[969] = -12'sd678;
	lookup[970] = -12'sd666;
	lookup[971] = -12'sd654;
	lookup[972] = -12'sd642;
	lookup[973] = -12'sd630;
	lookup[974] = -12'sd618;
	lookup[975] = -12'sd606;
	lookup[976] = -12'sd594;
	lookup[977] = -12'sd582;
	lookup[978] = -12'sd570;
	lookup[979] = -12'sd558;
	lookup[980] = -12'sd546;
	lookup[981] = -12'sd534;
	lookup[982] = -12'sd521;
	lookup[983] = -12'sd509;
	lookup[984] = -12'sd497;
	lookup[985] = -12'sd485;
	lookup[986] = -12'sd473;
	lookup[987] = -12'sd460;
	lookup[988] = -12'sd448;
	lookup[989] = -12'sd436;
	lookup[990] = -12'sd424;
	lookup[991] = -12'sd411;
	lookup[992] = -12'sd399;
	lookup[993] = -12'sd387;
	lookup[994] = -12'sd374;
	lookup[995] = -12'sd362;
	lookup[996] = -12'sd350;
	lookup[997] = -12'sd337;
	lookup[998] = -12'sd325;
	lookup[999] = -12'sd312;
	lookup[1000] = -12'sd300;
	lookup[1001] = -12'sd288;
	lookup[1002] = -12'sd275;
	lookup[1003] = -12'sd263;
	lookup[1004] = -12'sd250;
	lookup[1005] = -12'sd238;
	lookup[1006] = -12'sd225;
	lookup[1007] = -12'sd213;
	lookup[1008] = -12'sd200;
	lookup[1009] = -12'sd188;
	lookup[1010] = -12'sd175;
	lookup[1011] = -12'sd163;
	lookup[1012] = -12'sd150;
	lookup[1013] = -12'sd138;
	lookup[1014] = -12'sd125;
	lookup[1015] = -12'sd113;
	lookup[1016] = -12'sd100;
	lookup[1017] = -12'sd87;
	lookup[1018] = -12'sd75;
	lookup[1019] = -12'sd62;
	lookup[1020] = -12'sd50;
	lookup[1021] = -12'sd37;
	lookup[1022] = -12'sd25;
	lookup[1023] = -12'sd12;
end


endmodule